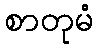
စာတုမံ